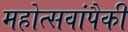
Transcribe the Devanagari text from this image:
महोत्सवांपैकी